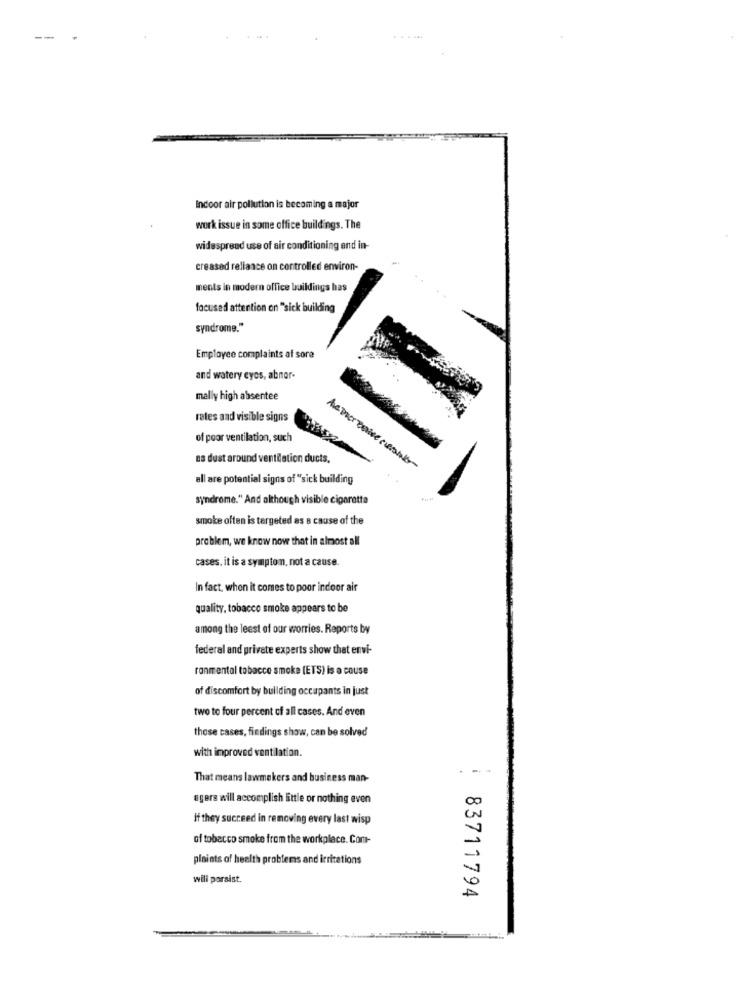
Indoor air pollution is becoming a major
work issue in some office buildings. The
widespread use of air conditioning end in-
creased reliance on controlled environ-
ments in modern office buildings has
focused attention on "sick building
syndrome."
Employee complaints af sore
and watery eyes, abnor-
mally high absentee
rates and visible signs
of poor ventilation, such
es dust around ventilation ducts.
all are potential signs of "sick building
syndrome." And although visible cigarette
smoke often is targeted as a cause of the
problem, we know now that in almost all
cases. it is a symptom, not a cause.
In fact, when it comes to poor indoor air
quality, tobacco smoke appears to be
among the leest of our worries. Reports by
federal and private experts show that envi-
ranmental tobacco smoke (ETS) is a cause
of discomfort by building occupants in just
two to four percent of all cases. And even
those cases, findings show, can be solved
with improved ventilation.
.--
That means lawmakers and business man-
egers will accomplish little or nothing even
If they succeed in removing every last wisp
of tobacco smoke from the workplace. Com-
plaints of health problems and irritations
wili porsist.
83711794